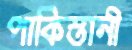
পাকিস্তানী